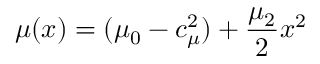
\mu ( x ) = ( \mu _ { 0 } - c _ { \mu } ^ { 2 } ) + \frac { \mu _ { 2 } } { 2 } x ^ { 2 }